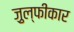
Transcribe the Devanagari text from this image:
ज़ुल्फीकार